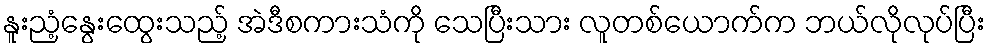
နူးညံ့နွေးထွေးသည့် အဲဒီစကားသံကို သေပြီးသား လူတစ်ယောက်က ဘယ်လိုလုပ်ပြီး